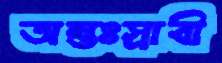
অন্তঃস্রাবী